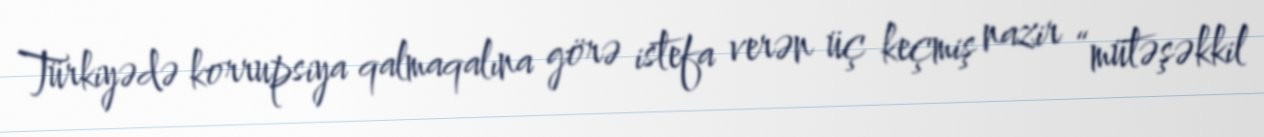
Türkiyədə korrupsiya qalmaqalına görə istefa verən üç keçmiş nazir “mütəşəkkil